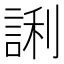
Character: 誗